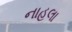
નાહલા